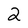
Character: 2